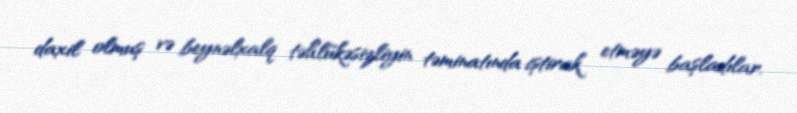
daxil olmuş və beynəlxalq təhlükəsizliyin təminatında iştirak etməyə başladılar.